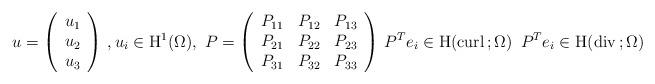
LaTeX: \begin{align*}u=\left(\begin{array}{c}u_1 \\u_2 \\u_3 \\\end{array}\right)\, , u_i\in {\rm H}^{1}(\Omega),\ P=\left(\begin{array}{ccc}P_{11} &P_{12}&P_{13}\\P_{21} &P_{22}&P_{23}\\P_{31} &P_{32}&P_{33}\end{array}\right)\, P^Te_i\in {\rm H}({\rm curl}\,; \Omega)\, \ P^Te_i\in {\rm H}({\rm div}\,; \Omega)\end{align*}